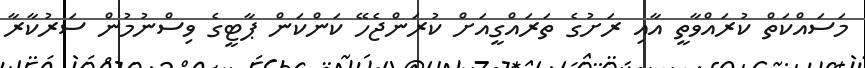
މަސައްކަތް ކުރައްވާތީ އާއި ރަށުގެ ތަރައްގީއަށް ކުރަންޖެހޭ ކަންކަން ޕާޓީގެ ވިސްނުމުން ސަރުކާރާ